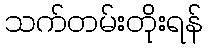
သက်တမ်းတိုးရန်